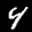
Label: 4